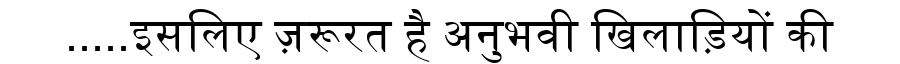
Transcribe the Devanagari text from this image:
.....इसलिए ज़रूरत है अनुभवी खिलाड़ियों की